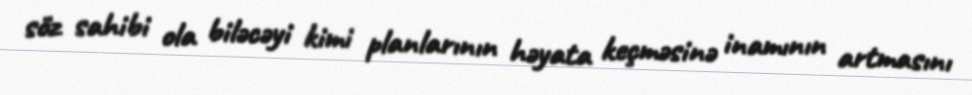
söz sahibi ola biləcəyi kimi planlarının həyata keçməsinə inamının artmasını